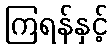
ကြရန်နှင့်